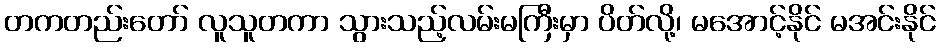
တကတည်းတော် လူသူတကာ သွားသည့်လမ်းမကြီးမှာ ပိတ်လို့၊ မအောင့်နိုင် မအင်းနိုင်